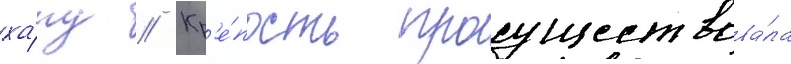
ха́ну // Кр'е́пость просуществова́ла